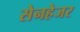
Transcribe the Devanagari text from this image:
सेनहेजर